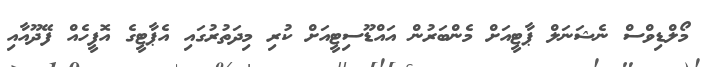
މޯލްޑިވްސް ނެޝަނަލް ޕާޓީއަށް މެންބަރުން އައްޑޫސިޓީއަށް ކުރި މިދަތުރުގައި އެޕާޓީގެ އޮފީހެއް ފޭދޫއާއި